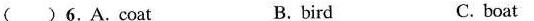
( )6.A.Coat B. bird C. boat